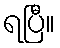
ရပြီ။